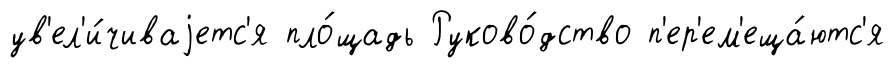
ув'ел'и́чиваjетс'я пло́щадь Руково́дство п'ер'ем'еща́ютс'я